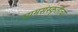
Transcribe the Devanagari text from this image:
ग्रामसंस्कृतीचा